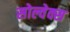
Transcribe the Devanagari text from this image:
सोल्वेक्स